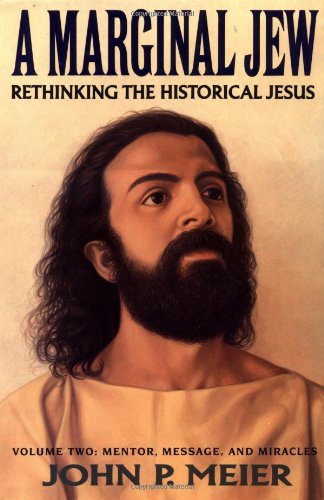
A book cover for A Marginal Jew: Rethinking the Historical Jesus, Vol. 2 - Mentor, Message, and Miracles; John P. Meier; Christian Books & Bibles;